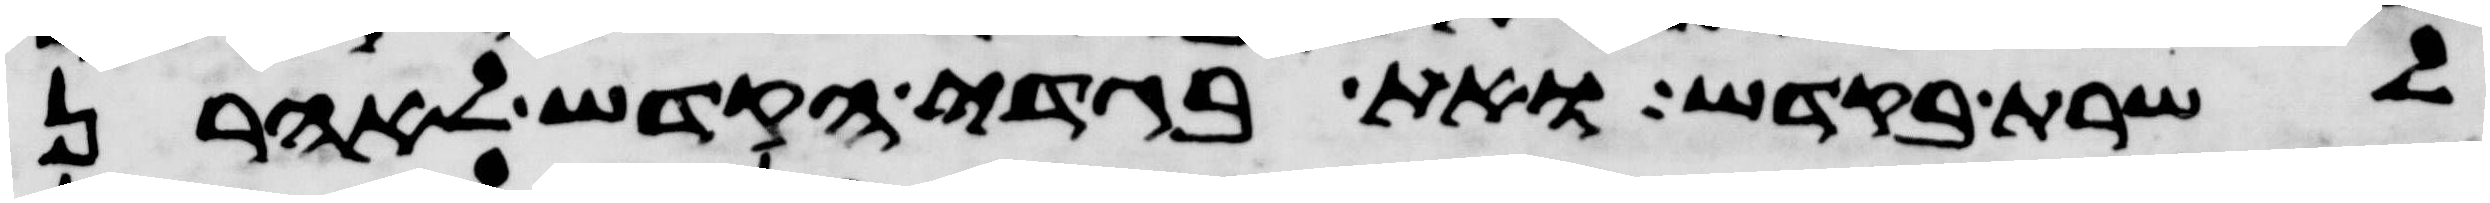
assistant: לשרת בקדש ואת בגדי הקדש לאהרן